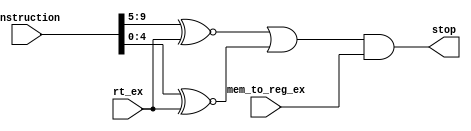
`timescale 1ns / 1ps
//////////////////////////////////////////////////////////////////////////////////
// Company: 
// Engineer: 
// 
// Design Name: 
// Module Name:    hazard 
// Project Name: 
// Target Devices: 
// Tool versions: 
// Description: 
//
// Dependencies: 
//
// Revision: 
// Revision 0.01 - File Created
// Additional Comments: 
//
//////////////////////////////////////////////////////////////////////////////////
module hazard(
    input [9:0] instruction,
    input [4:0] rt_ex,
    input mem_to_reg_ex,
    output reg stop
    );
	
	wire cond1, cond2;
	
	assign cond1 = instruction[9:5]~^(rt_ex);
	assign cond2 = instruction[4:0]~^(rt_ex);
	
	always @ (mem_to_reg_ex) begin 
		stop = (cond1 | cond2) & mem_to_reg_ex;
	end
	
endmodule